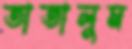
তাতালুম